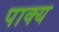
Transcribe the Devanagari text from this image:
पाक्य